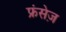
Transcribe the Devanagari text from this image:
फ्रंसेज़